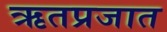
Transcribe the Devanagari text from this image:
ऋतप्रजात